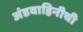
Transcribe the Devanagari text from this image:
अंडवाहिनीची